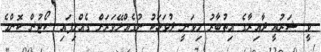
ވީ. ޝަރުއީ ދާއިރާގެ އިތުބާރު މިވަނީ ދުވަހަކު ނުގެއްލޭވަރަށް ގެއްލިފައި. ކޯޓުން ކޮންމެ